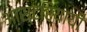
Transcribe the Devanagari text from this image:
आस्ट्रियायी